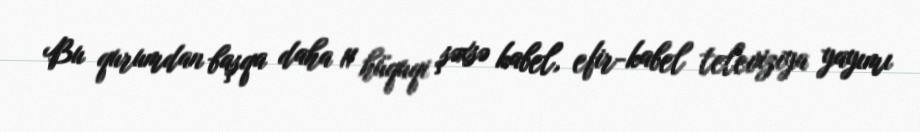
Bu qurumdan başqa daha 11 hüquqi şəxsə kabel, efir-kabel televiziya yayımı